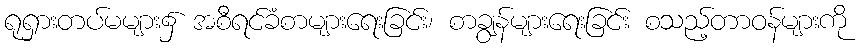
ရုရှားတပ်မများ၌ အစီရင်ခံစာများရေးခြင်း၊ စာချွန်များရေးခြင်း စသည့်တာဝန်များကို